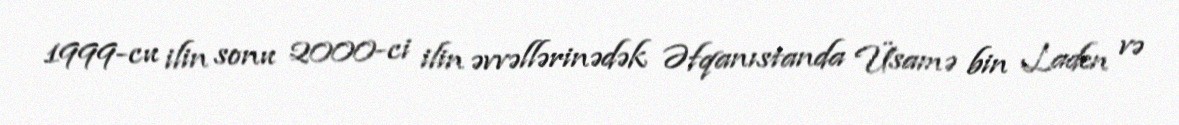
1999-cu ilin sonu 2000-ci ilin əvvəllərinədək Əfqanıstanda Üsamə bin Laden və